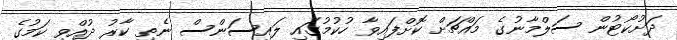
ދަށުކޯޓުން ސަލްމާނުގެ މައްޗަށް ކޮށްފައިވާ ހުކުމުގައި ލައިސަންސް ނެތި ކާރު ދުއްވި ކަމުގެ